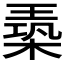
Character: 𪳈